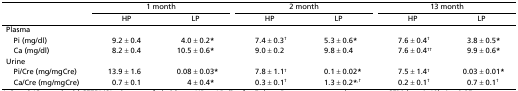
<table><thead><tr><td></td><td colspan="2"><b>1 month</b></td><td></td><td colspan="2"><b>2 month</b></td><td></td><td colspan="2"><b>13 month</b></td></tr><tr><td></td><td><b>HP</b></td><td><b>LP</b></td><td></td><td><b>HP</b></td><td><b>LP</b></td><td></td><td><b>HP</b></td><td><b>LP</b></td></tr></thead><tbody><tr><td>Plasma</td><td></td><td></td><td></td><td></td><td></td><td></td><td></td><td></td></tr><tr><td> Pi (mg/dl)</td><td>9.2 ± 0.4</td><td>4.0 ± 0.2<b>*</b></td><td></td><td>7.4 ± 0.3<sup>†</sup></td><td>5.3 ± 0.6<b>*</b></td><td></td><td>7.6 ± 0.4<sup>†</sup></td><td>3.8 ± 0.5<b>*</b></td></tr><tr><td> Ca (mg/dl)</td><td>8.2 ± 0.4</td><td>10.5 ± 0.6<b>*</b></td><td></td><td>9.0 ± 0.2</td><td>9.8 ± 0.4</td><td></td><td>7.6 ± 0.4<sup>††</sup></td><td>9.9 ± 0.6<b>*</b></td></tr><tr><td>Urine</td><td></td><td></td><td></td><td></td><td></td><td></td><td></td><td></td></tr><tr><td> Pi/Cre (mg/mgCre)</td><td>13.9 ± 1.6</td><td>0.08 ± 0.03<b>*</b></td><td></td><td>7.8 ± 1.1<sup>†</sup></td><td>0.1 ± 0.02<b>*</b></td><td></td><td>7.5 ± 1.4<sup>†</sup></td><td>0.03 ± 0.01<b>*</b></td></tr><tr><td> Ca/Cre (mg/mgCre)</td><td>0.7 ± 0.1</td><td>4 ± 0.4<b>*</b></td><td></td><td>0.3 ± 0.1<sup>†</sup></td><td>1.3 ± 0.2<b>*</b><sup>,</sup><sup>†</sup></td><td></td><td>0.2 ± 0.1<sup>†</sup></td><td>0.7 ± 0.1<sup>†</sup></td></tr></tbody></table>